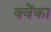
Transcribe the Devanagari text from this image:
क्वेंका